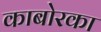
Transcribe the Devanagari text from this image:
काबोरका